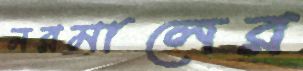
নরমালের